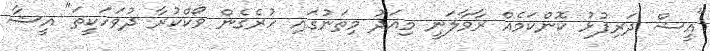
"އީޝް ދަރިފުޅު ކޮންކަމެއް ރާވާލަނީ މިއަދު މިތަނުގައި ހުރެގެން ވޯކްކުރާ ދުވަހަކީތަ" އީޝާ